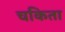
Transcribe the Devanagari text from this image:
चकिता